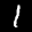
Label: 1